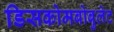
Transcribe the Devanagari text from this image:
डिसकोमबोबुलेट